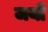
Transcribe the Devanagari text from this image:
जयों